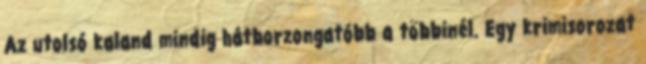
Az utolsó kaland mindig hátborzongatóbb a többinél. Egy krimisorozat